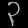
Digit: ၃